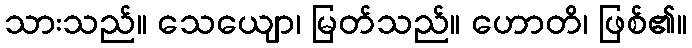
သားသည်။ သေယျော၊ မြတ်သည်။ ဟောတိ၊ ဖြစ်၏။